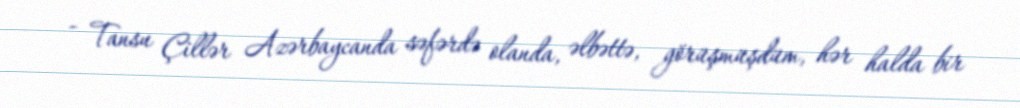
- Tansu Çillər Azərbaycanda səfərdə olanda, əlbəttə, görüşmüşdüm, hər halda bir